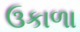
ઉકાળા